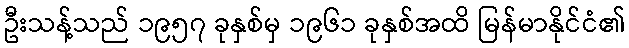
ဦးသန့်သည် ၁၉၅၇ ခုနှစ်မှ ၁၉၆၁ ခုနှစ်အထိ မြန်မာနိုင်ငံ၏